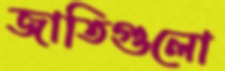
জাতিগুলো